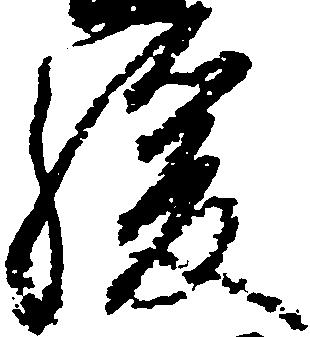
緩